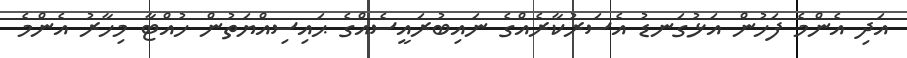
އަދި އެންމެ ފަހުން އަޅުގަނޑު އެސަރުކާރެއްގެ ނައިބުރައީސެއްގެ ޙައިސިއްޔަތުން ހުއްޓާ މިހާރު އެންމެ